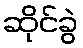
ဆိုင်ခွဲ